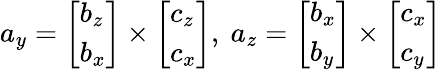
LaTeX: a_{y}={\left[\begin{array}{l}{b_{z}}\\ {b_{x}}\end{array}\right]}\times{\left[\begin{array}{l}{c_{z}}\\ {c_{x}}\end{array}\right]},\ a_{z}={\left[\begin{array}{l}{b_{x}}\\ {b_{y}}\end{array}\right]}\times{\left[\begin{array}{l}{c_{x}}\\ {c_{y}}\end{array}\right]}